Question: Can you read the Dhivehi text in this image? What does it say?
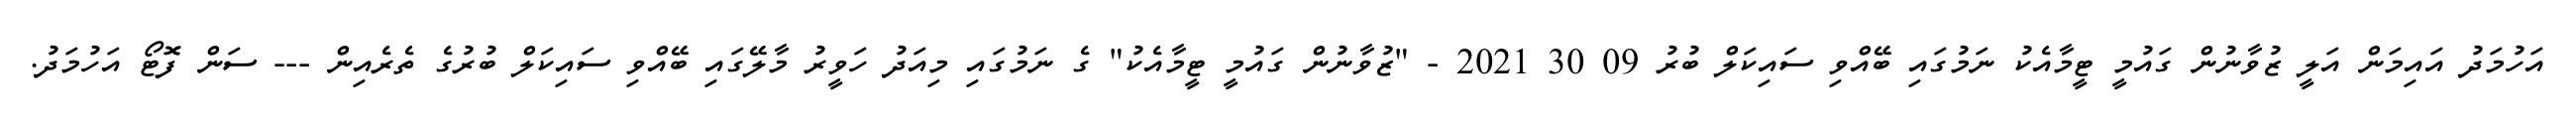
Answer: އަހުމަދު އައިމަން އަލީ ޒުވާނުން ގައުމީ ޓީމާއެކު ނަމުގައި ބޭއްވި ސައިކަލް ބުރު 09 30 2021 - "ޒުވާނުން ގައުމީ ޓީމާއެކު" ގެ ނަމުގައި މިއަދު ހަވީރު މާލޭގައި ބޭއްވި ސައިކަލް ބުރުގެ ތެރެއިން --- ސަން ފޮޓޯ އަހުމަދު.